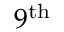
9 ^ { \mathrm { t h } }